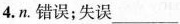
4. n. 错误；失误___